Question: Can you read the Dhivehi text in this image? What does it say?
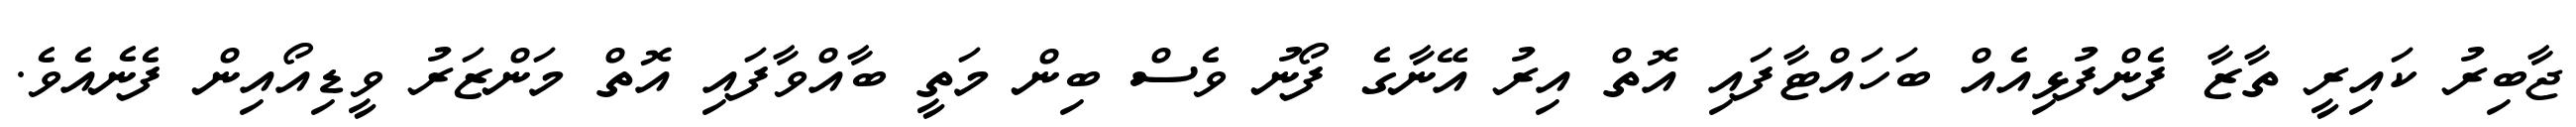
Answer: ޖާބިރު ކައިރީ ތާޒާ ފެންފުޅިއެއް ބަހައްޓާފައި އޮތް އިރު އޭނާގެ ފޯނު ވެސް ބިން މަތީ ބާއްވާފައި އޮތް މަންޒަރު ވީޑިއޯއިން ފެނެއެވެ.